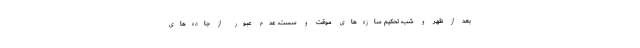
بعد از ظهر و شب، تحکیم سازه‌های موقت و سست، عدم عبور از جاده‌های